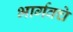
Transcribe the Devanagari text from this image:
भार्गवचे